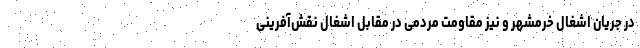
در جریان اشغال خرمشهر و نیز مقاومت مردمی در مقابل اشغال نقش‌آفرینی